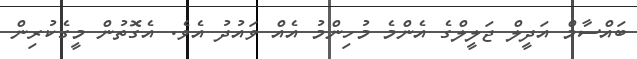
ބައްސާމް އަދީލް ޖަލީލްގެ އެންމެ މުހިންމު އެއް ވައުދު އެވެ. އެގޮތުން މީގެކުރިން